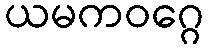
ယမကဝဂ္ဂေ